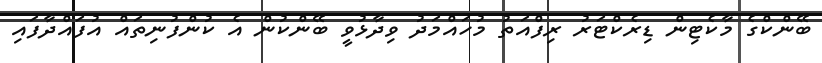
ބޭންކްގެ މާކެޓިން ޑިރެކްޓަރު ރިފްއަތު މުހައްމަދު ވިދާޅުވީ ބޭންކުން އެ ކުންފުނިތައް އުފައްދާފައި